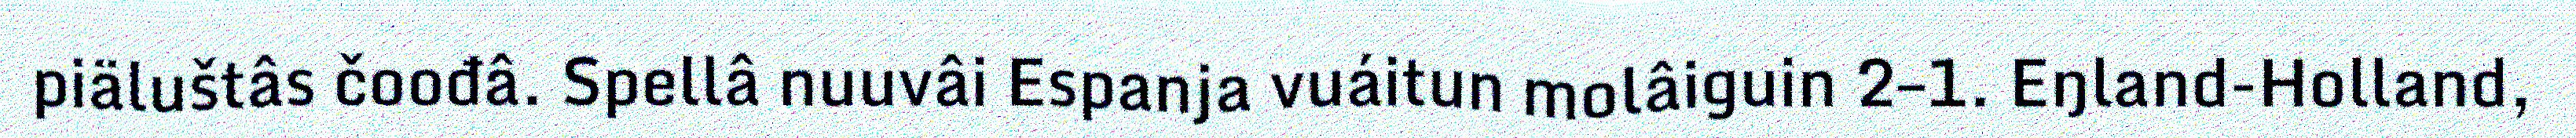
piäluštâs čoođâ. Spellâ nuuvâi Espanja vuáitun molâiguin 2–1. Eŋland-Holland,